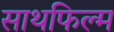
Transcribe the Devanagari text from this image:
साथफिल्म